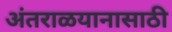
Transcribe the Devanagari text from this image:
अंतराळयानासाठी